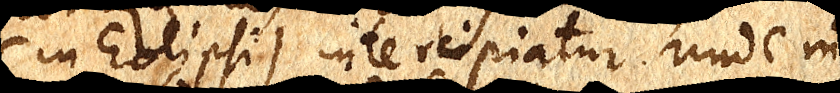
(in Eclipsi) intercipiatur. Unde in-